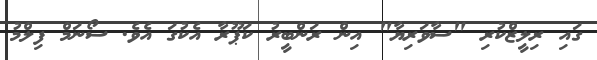
ގައި ރިލީޒްކުރި "ސާވަރިޔާ" އިން ރަންބީރު ކަޕޫރާ އެކުގަ އެވެ. ސޯނަމް ފިލްމު